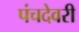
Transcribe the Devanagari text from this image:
पंचदेवरी